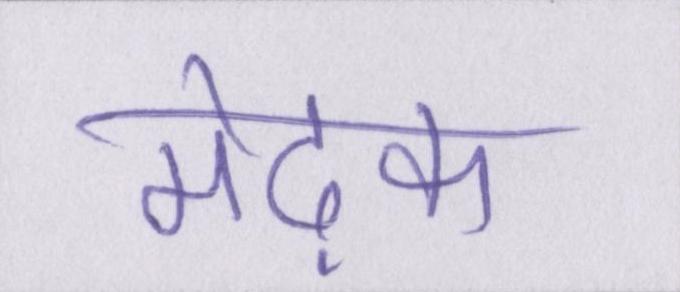
मेढ़क